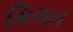
મિલત